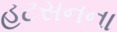
હટસનના